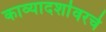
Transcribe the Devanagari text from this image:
काव्यादर्शावरचे